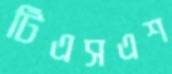
টিএসএশ